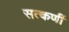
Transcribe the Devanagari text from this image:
सत्कर्णी